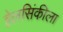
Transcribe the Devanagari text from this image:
हेलसिंकीला